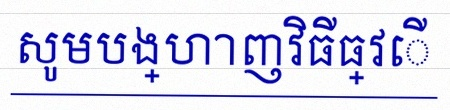
សូមបង្ហាញវិធីធ្វើ